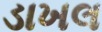
ડાખલ